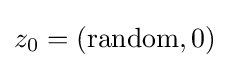
z_{0}=({\text{random}},0)